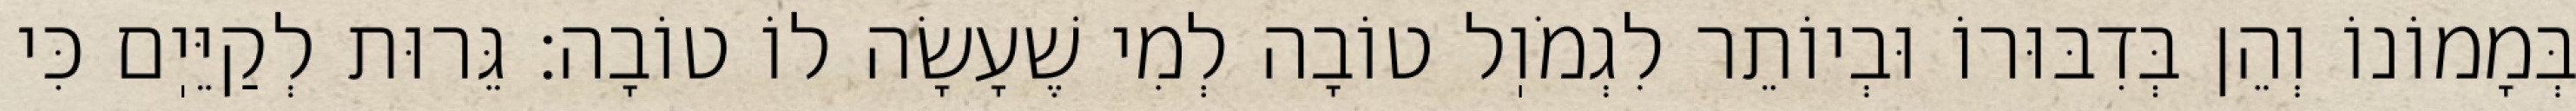
בְּמָמוֹנוֹ וְהֵן בְּדִבּוּרוֹ וּבְיוֹתֵר לִגְמֹוֽל טוֹבָה לְמִי שֶׁעָשָׂה לוֹ טוֹבָה: גֵּרוּת לְקַיֵּיֽם כִּי